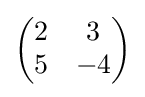
{\begin{pmatrix}2&3\\5&-4\end{pmatrix}}